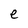
Character: e